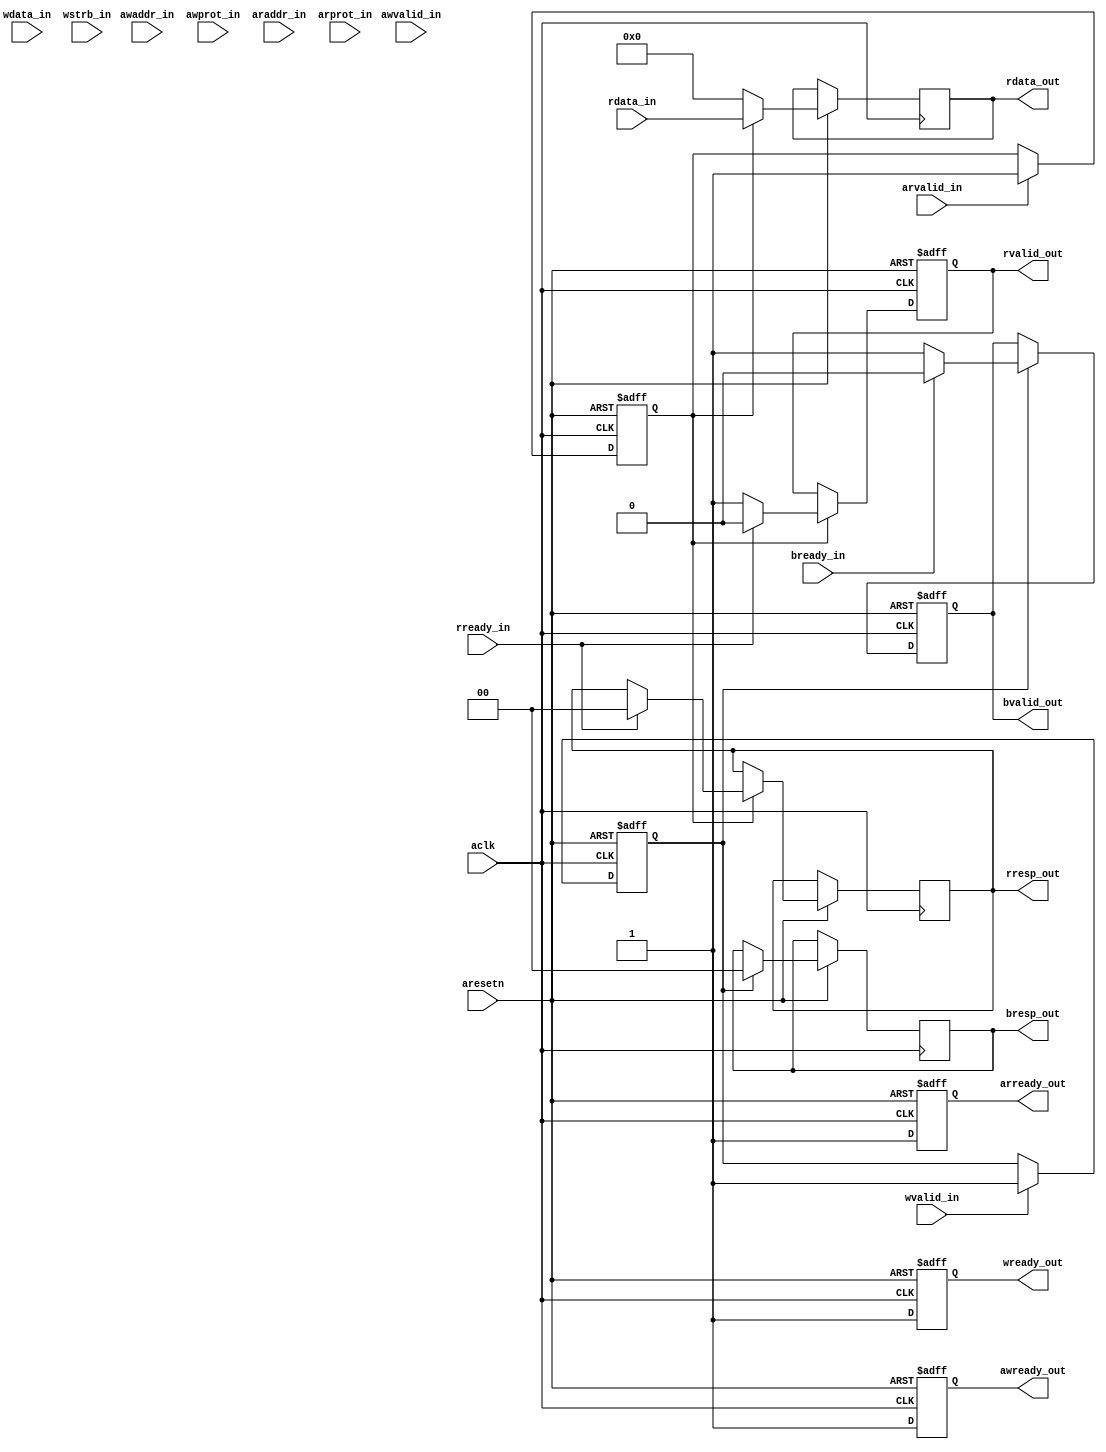
module axi4_lite_slave_adaptor (
    input aclk,
    input aresetn,
    // Write Address Channel
    input [31:0] awaddr_in,
    input [2:0] awprot_in,
    input awvalid_in,
    output reg awready_out,
    // Write Data Channel
    input [31:0] wdata_in,
    input [3:0] wstrb_in,
    input wvalid_in,
    output reg wready_out,
    // Write Response Channel
    output reg [1:0] bresp_out,
    output reg bvalid_out,
    input bready_in,
    // Read Address Channel
    input [31:0] araddr_in,
    input [2:0] arprot_in,
    input arvalid_in,
    output reg arready_out,
    // Read Data Channel
    output reg [31:0] rdata_out,
    output reg [1:0] rresp_out,
    output reg rvalid_out,
    input rready_in,
    //// Input(s) for Driving Output(s) of Read Data Channel
    input [31:0] rdata_in
);

    // Write Address Channel

    reg [31:0] awaddr_save;
    
    always @(posedge aclk or negedge aresetn) begin
        if (!aresetn) begin
            awaddr_save <= 0;
            awready_out <= 1;
        end
        else begin
           awready_out <= 1;
           if (awvalid_in) begin
            awaddr_save <= awaddr_in;
           end 
        end
    end

    // Write Data Channel

    reg [31:0] wdata_save;
    reg wdata_save_indication;
    
    always @(posedge aclk or negedge aresetn) begin
        if (!aresetn) begin
            wdata_save <= 0;
            wdata_save_indication <= 0;
            wready_out <= 1;
        end
        else begin
            wready_out <= 1;
            if (wvalid_in) begin
                if (wstrb_in[0]) begin
                    wdata_save[7:0] = wdata_in[7:0];
                end
                if (wstrb_in[1]) begin
                    wdata_save[15:8] = wdata_in[15:8];
                end
                if (wstrb_in[2]) begin
                    wdata_save[23:16] = wdata_in[23:16];
                end
                if (wstrb_in[3]) begin
                    wdata_save[31:24] = wdata_in[31:24];
                end
                wdata_save_indication = 1;
            end
        end
    end

    // Write Response Channel

    always @(posedge aclk or negedge aresetn) begin
        if (!aresetn) begin
            bvalid_out <= 0;
        end
        else begin
            if (wdata_save_indication) begin
                bresp_out <= 0;
                bvalid_out <= 1;
                if (bready_in) begin
                    bvalid_out <= 0;
                end
            end
        end
    end

    // Read Address Channel

    reg [31:0] araddr_save;
    reg rdata_save_indication;
    
    always @(posedge aclk or negedge aresetn) begin
        if (!aresetn) begin
            araddr_save <= 0;
            rdata_save_indication <= 0;
            arready_out <= 1;
        end
        else begin
           arready_out <= 1;
           if (arvalid_in) begin
            araddr_save <= araddr_in;
            rdata_save_indication <= 1;
           end 
        end
    end

    // Read Data Channel

    always @(posedge aclk or negedge aresetn) begin
        if (!aresetn) begin
            rvalid_out <= 0;
        end
        else begin
            if (rdata_save_indication) begin
                rdata_out <= rdata_in;
                rvalid_out <= 1;
                if (rready_in) begin
                    rresp_out <= 0;
                    rvalid_out <= 0;
                end
            end
            else begin
                rdata_out <= 0;
            end
        end
    end
    
endmodule